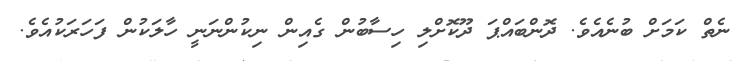
ނެތް ކަމަށް ބުނެއެވެ. ދޮންބައްޕަ ދޫކޮށްލި ހިސާބުން ގެއިން ނިކުންނަނީ ހާލަކުން ފަހަރަކުއެވެ.